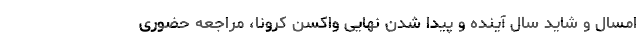
امسال و شاید سال آینده و پیدا شدن نهایی واکسن کرونا، مراجعه حضوری